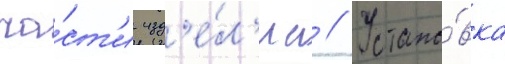
ча́ст'и изд'е́л'иа // Устано́вка